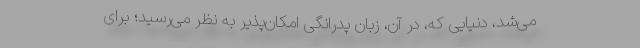
می‌شد، دنیایی که، در آن، زبان پدرانگی امکان‌پذیر به نظر می‌رسید؛ برای